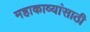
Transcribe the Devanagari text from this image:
महाकाव्यांसाठी